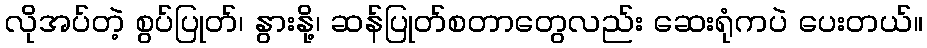
လိုအပ်တဲ့ စွပ်ပြုတ်၊ နွားနို့၊ ဆန်ပြုတ်စတာတွေလည်း ဆေးရုံကပဲ ပေးတယ်။